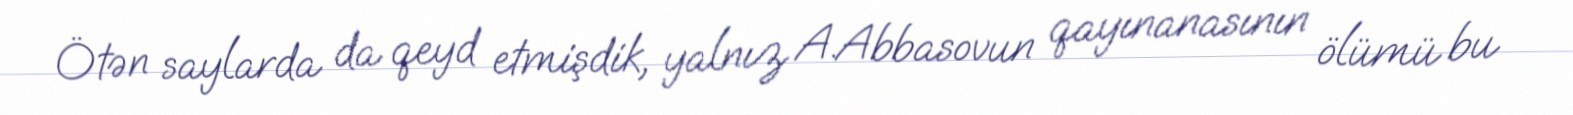
Ötən saylarda da qeyd etmişdik, yalnız A.Abbasovun qayınanasının ölümü bu